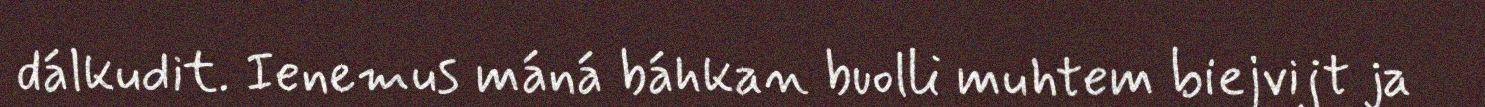
dálkudit. Ienemus máná báhkan buolli muhtem biejvijt ja